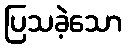
ပြသခဲ့သော